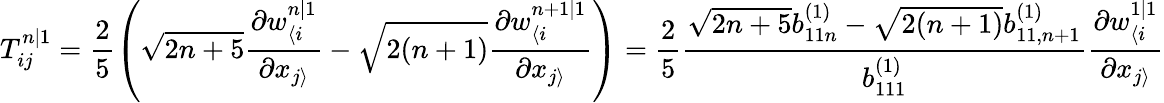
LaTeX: T_{ij}^{n|1}=\frac{2}{5}\left(\sqrt{2n+5}\frac{\partial w_{\langle i}^{n|1}}{\partial x_{j\rangle}}-\sqrt{2(n+1)}\frac{\partial w_{\langle i}^{n+1|1}}{\partial x_{j\rangle}}\right)=\frac{2}{5}\frac{\sqrt{2n+5}b_{11n}^{(1)}-\sqrt{2(n+1)}b_{11,n+1}^{(1)}}{b_{111}^{(1)}}\frac{\partial w_{\langle i}^{1|1}}{\partial x_{j\rangle}}